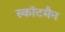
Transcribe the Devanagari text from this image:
स्कॉटमैन